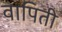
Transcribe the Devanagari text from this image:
वापिती